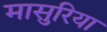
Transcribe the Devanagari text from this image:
मासुरिया